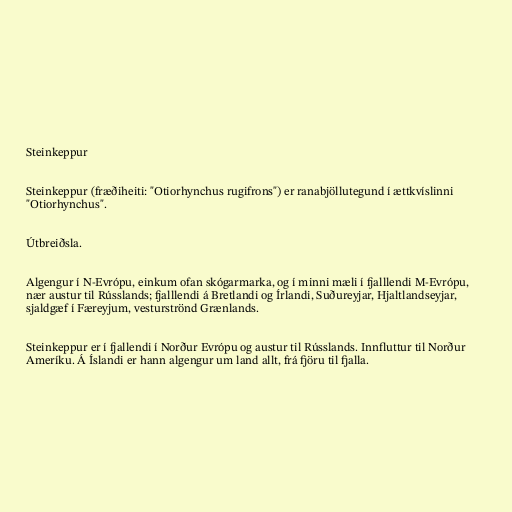
Steinkeppur

Steinkeppur (fræðiheiti: "Otiorhynchus rugifrons") er ranabjöllutegund í ættkvíslinni
"Otiorhynchus".

Útbreiðsla.

Algengur í N-Evrópu, einkum ofan skógarmarka, og í minni mæli í fjalllendi M-Evrópu,
nær austur til Rússlands; fjalllendi á Bretlandi og Írlandi, Suðureyjar, Hjaltlandseyjar,
sjaldgæf í Færeyjum, vesturströnd Grænlands.

Steinkeppur er í fjallendi í Norður Evrópu og austur til Rússlands. Innfluttur til Norður
Ameríku. Á Íslandi er hann algengur um land allt, frá fjöru til fjalla.